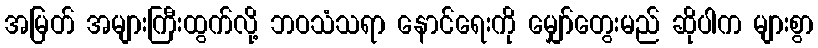
အမြတ် အများကြီးထွက်လို့ ဘဝသံသရာ နောင်ရေးကို မျှော်တွေးမည် ဆိုပါက များစွာ